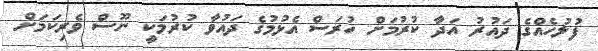
ފުލުހެއްގެ ދައުރު އަދާ ކުރުމަށް ހުރަސް އެޅުމުގެ ދައުވާ ކުރުމަކީ ނޫސް ވެރިކަމަށް